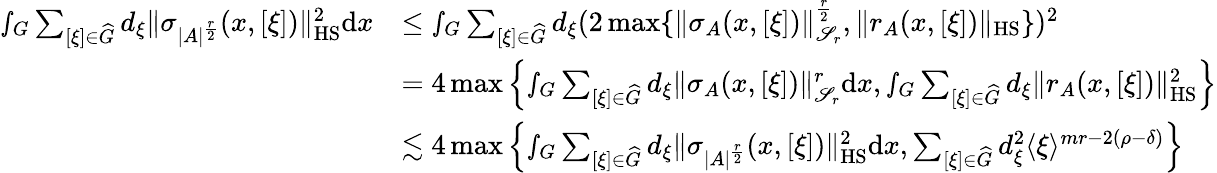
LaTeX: \begin{array}{rl}{\smallint_{G}\sum_{[\xi]\in\widehat{G}}d_{\xi}\Vert\sigma_{|A|^{\frac{r}{2}}}(x,[\xi])\Vert_{\textnormal{HS}}^{2}\textnormal{d}x}&{\leq\smallint_{G}\sum_{[\xi]\in\widehat{G}}d_{\xi}(2\operatorname*{max}\{ \Vert\sigma_{A}(x,[\xi])\Vert_{\mathscr{S}_{r}}^{\frac{r}{2}},\Vert r_{A}(x,[\xi])\Vert_{\textnormal{HS}}\} )^{2}}\\ &{=4\operatorname*{max}\left\{ \smallint_{G}\sum_{[\xi]\in\widehat{G}}d_{\xi}\Vert\sigma_{A}(x,[\xi])\Vert_{\mathscr{S}_{r}}^{r}\textnormal{d}x,\smallint_{G}\sum_{[\xi]\in\widehat{G}}d_{\xi}\Vert r_{A}(x,[\xi])\Vert_{\textnormal{HS}}^{2}\right\} }\\ &{\lesssim 4\operatorname*{max}\left\{ \smallint_{G}\sum_{[\xi]\in\widehat{G}}d_{\xi}\Vert\sigma_{|A|^{\frac{r}{2}}}(x,[\xi])\Vert_{\textnormal{HS}}^{2}\textnormal{d}x,\sum_{[\xi]\in\widehat{G}}d_{\xi}^{2}\langle\xi\rangle^{mr-2(\rho-\delta)}\right\} }\end{array}